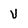
Character: V